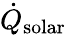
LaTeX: \dot{Q}_{\mathrm{solar}}